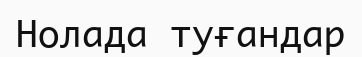
Нолада туғандар